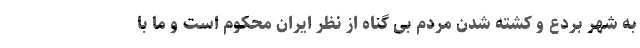
به شهر بردع و کشته شدن مردم بی گناه از نظر ایران محکوم است و ما با